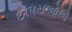
છાપરાઓએ